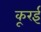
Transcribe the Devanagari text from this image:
कूरई